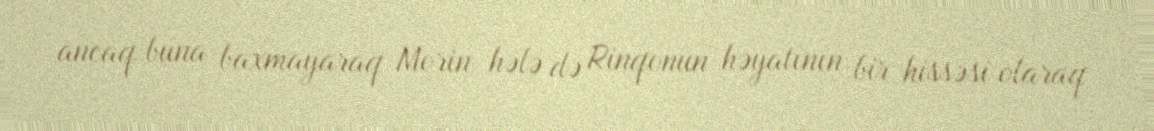
ancaq buna baxmayaraq Morin hələ də Rinqonun həyatının bir hissəsi olaraq